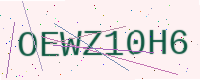
Text: OEWZ10H6